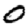
Digit: 0